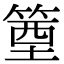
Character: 𥯑